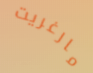
مارغريت